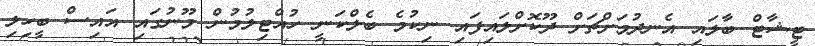
ޓީޝާޓް ބާލައި އެނދުމަށްޗަށް ދޫކޮށްލައިފައި ނިކުމެ ބެލްކަނީ ހުއްޓިލުމުން މޫނުގައި އައިސް ބީހިލި